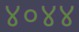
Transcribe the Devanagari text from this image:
४०४४